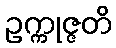
ဥက္ကုဇ္ဇတိ